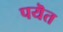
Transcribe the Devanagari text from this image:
पयॆत